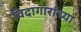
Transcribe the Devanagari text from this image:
विदागारांच्या